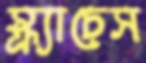
স্ক্র্যাচেস